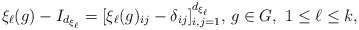
\begin{align*} \xi_{\ell}(g)-I_{d_{\xi_{\ell}}}=[\xi_{\ell}(g)_{ij}-\delta_{ij}]_{i,j=1}^{d_{\xi_\ell}},\, g\in G, \,\,1\leq \ell\leq k,\end{align*}